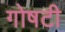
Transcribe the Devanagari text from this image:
गोषटी